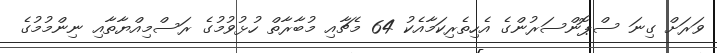
ވަރަށް ގިނަ ސްޕޮންސަރުންގެ އެހިތެރިކަމާއެކު 64 މެޗާއި މުބާރާތް ހުޅުވުމުގެ ރަސްމިއްޔާތާއި ނިންމުމުގެ